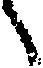
々